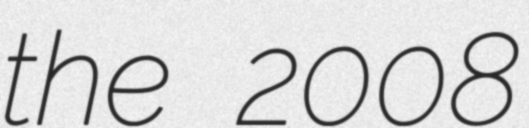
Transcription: the 2008